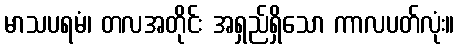
မာသပရမံ၊ တလအတိုင်း အရှည်ရှိသော ကာလပတ်လုံး။